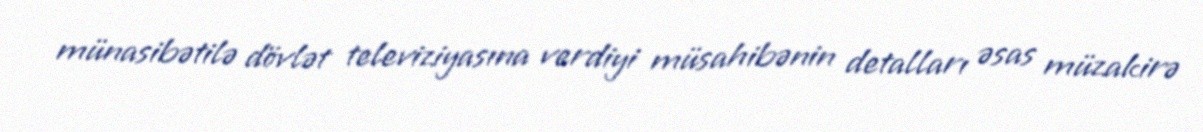
münasibətilə dövlət televiziyasına verdiyi müsahibənin detalları əsas müzakirə